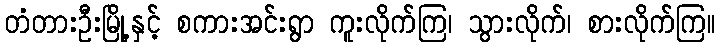
တံတားဦးမြို့နှင့် စကားအင်းရွာ ကူးလိုက်ကြ၊ သွားလိုက်၊ စားလိုက်ကြ။